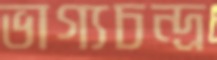
ভাগ্যচন্দ্র